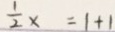
\frac { 1 } { 2 } x = 1 + 1